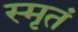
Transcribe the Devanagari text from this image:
स्मृतं